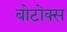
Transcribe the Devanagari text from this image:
बोटोक्स